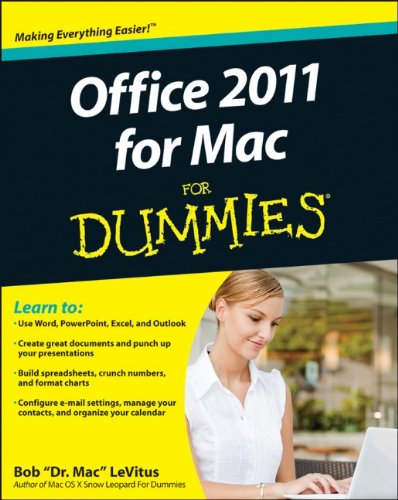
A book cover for Office 2011 for Mac For Dummies; Bob LeVitus; Computers & Technology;